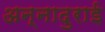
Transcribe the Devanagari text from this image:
अन्नादुराई